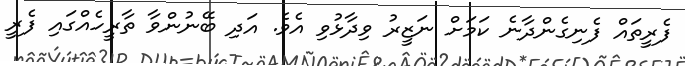
ފެރީތައް ފެނިގެންދާނެ ކަމަށް ނަޒީރު ވިދާޅުވި އެވެ. އަދި ބޭނުންވާ ތާރީހެއްގައި ފެރީ